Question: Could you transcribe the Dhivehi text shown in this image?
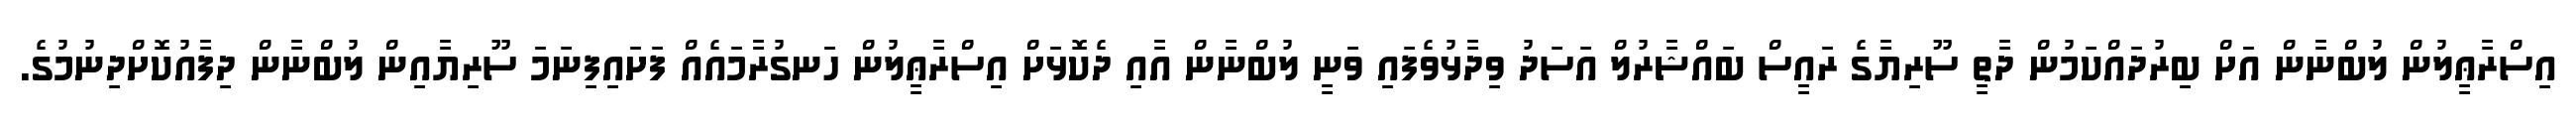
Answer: އިސްރާޢީލުން ލުބްނާން އަށް ބިރުދައްކަމުން ދާތީ ސޫރިޔާގެ ރައީސް ބައްޝާރުލް އަސަދު ވިދާޅުވެފައި ވަނީ ލުބްނާން އާއި ދެކޮޅަށް އިސްރާޢީލުން ހަނގުރާމައެއް ފަށައިފިނަމަ ސޫރިޔާއިން ލުބްނާން ދިފާއުކޮށްދިނުމުގެ.